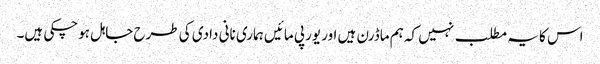
اس کا یہ مطلب نہیں کہ ہم ماڈرن ہیں اور یورپی مائیں ہماری نانی دادی کی طرح جاہل ہوچکی ہیں۔